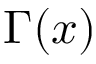
\Gamma ( x )